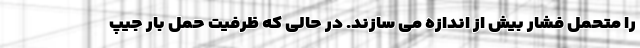
را متحمل فشار بیش از اندازه می سازند. در حالی که ظرفیت حمل بار جیپ